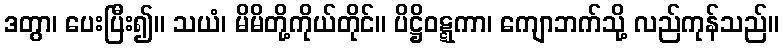
ဒတွာ၊ ပေးပြီး၍။ သယံ၊ မိမိတို့ကိုယ်တိုင်။ ပိဋ္ဌိဝဋ္ဋကာ၊ ကျောဘက်သို့ လည်ကုန်သည်။